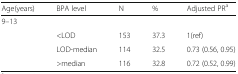
| Age(years) | BPA level | N | % | Adjusted PRa |
 | --- | --- | --- | --- | --- |
 | <COLSPAN=5> 9–13 |
 |  | <LOD | 153 | 37.3 | 1(ref) |
 |  | LOD-median | 114 | 32.5 | 0.73 (0.56, 0.95) |
 |  | >median | 116 | 32.8 | 0.72 (0.52, 0.99) |